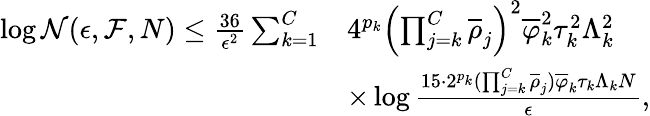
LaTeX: \begin{array}{rl}{\log\mathcal{N}(\epsilon,\mathcal{F},N)\leq\frac{36}{\epsilon^{2}}\sum_{k=1}^{C}}&{4^{p_{k}}\left(\prod_{j=k}^{C}\overline{{\rho}}_{j}\right)^{2}\overline{{\varphi}}_{k}^{2}\tau_{k}^{2}\Lambda_{k}^{2}}\\ &{\times\log\frac{15\cdot 2^{p_{k}}(\prod_{j=k}^{C}\overline{{\rho}}_{j})\overline{{\varphi}}_{k}\tau_{k}\Lambda_{k}N}{\epsilon},}\end{array}